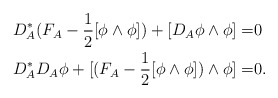
\begin{align*}\begin{aligned}D^*_A(F_A-\frac{1}{2}[\phi\wedge\phi])+[D_A\phi\wedge\phi]=&0\\D^*_AD_A\phi+[(F_A-\frac{1}{2}[\phi\wedge\phi])\wedge\phi]=&0.\end{aligned}\end{align*}